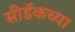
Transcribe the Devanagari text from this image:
सीडॅकच्या